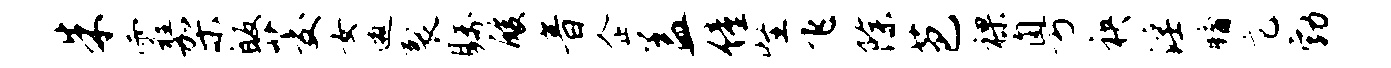
朱霾架皈茭女邀裂瞩酸音企盖僮怪飞除芭裸粤袂淫牖庀勃